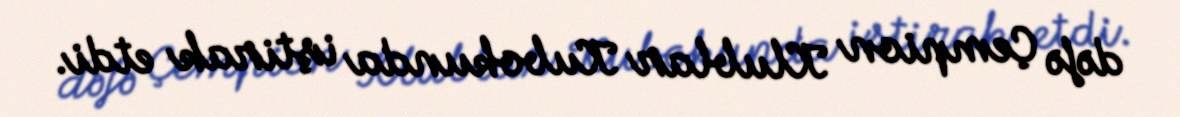
dəfə Çempion Klublar Kubokunda iştirak etdi.